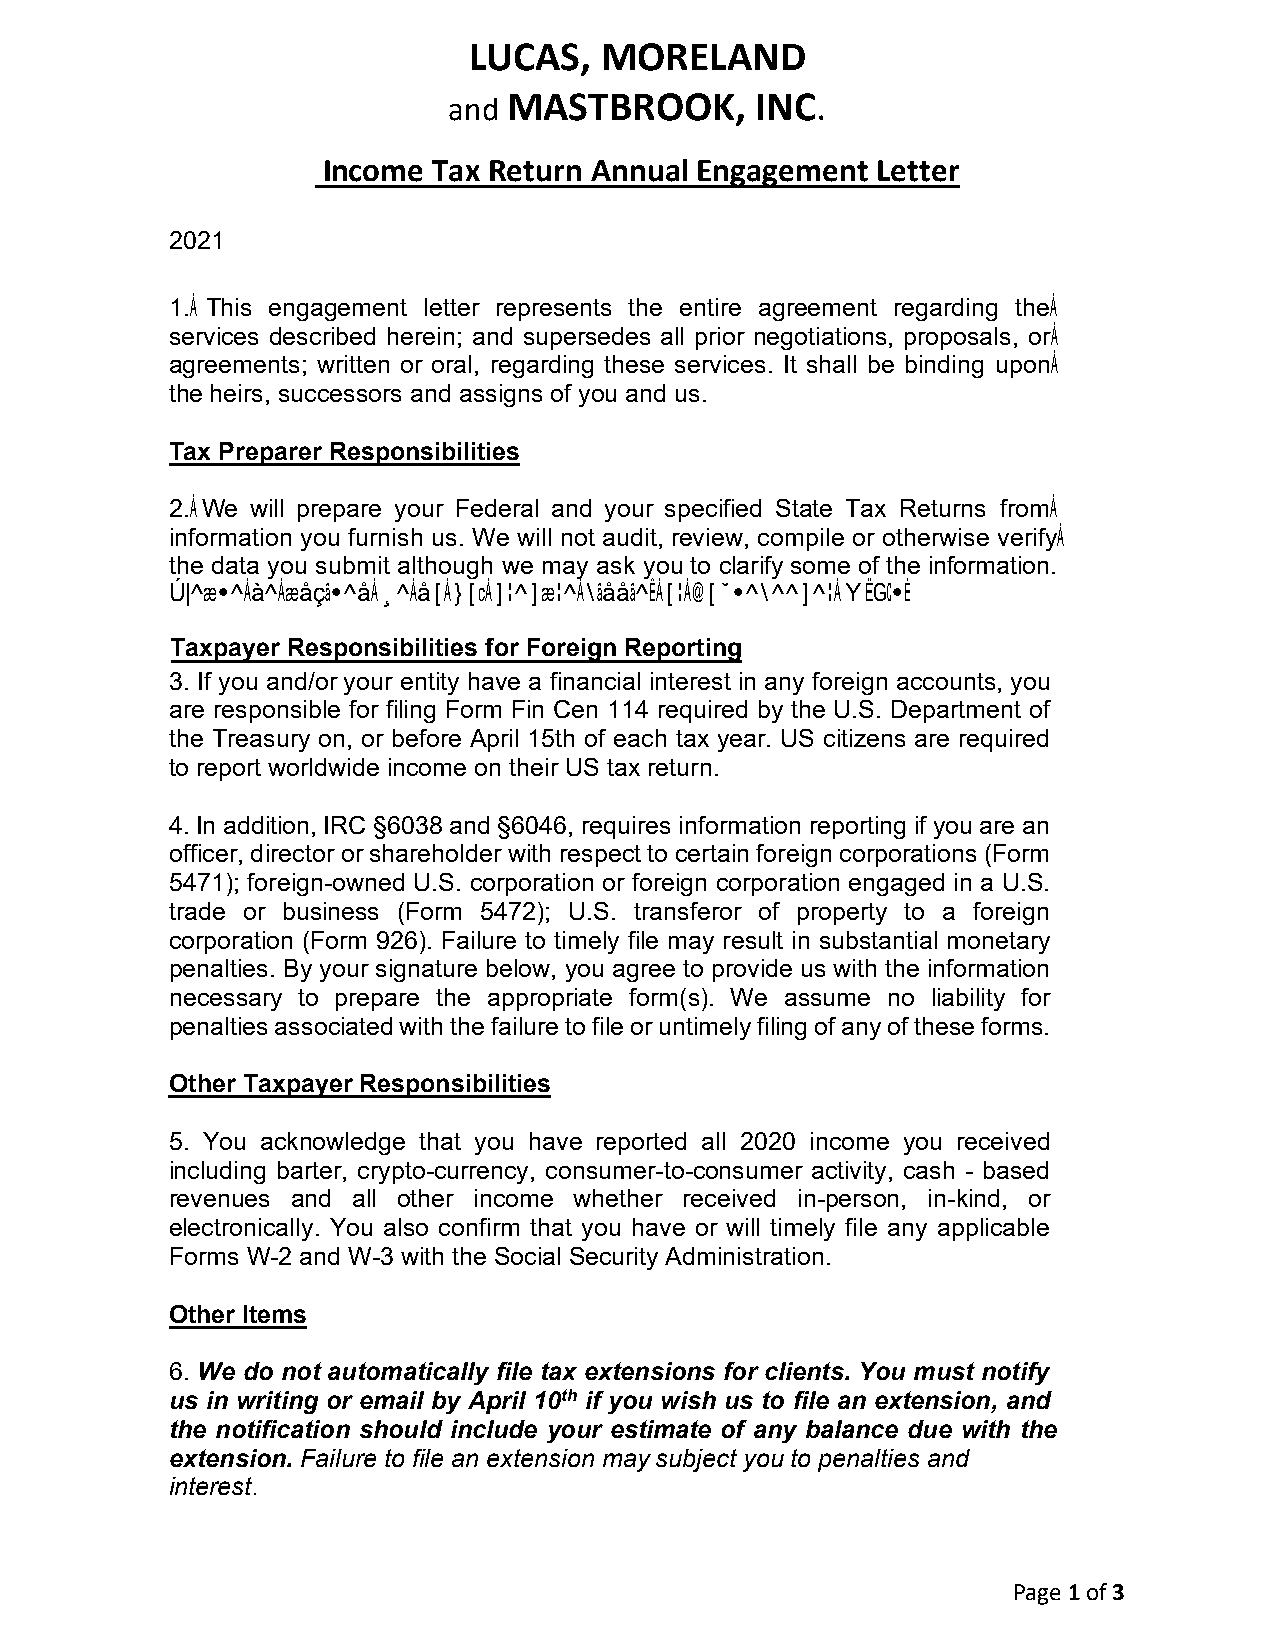
LUCAS,   MORELAND
 and MASTBROOK,      INC.
 Income  Tax Return Annual Engagement Letter
 2021
 1. This engagement letter represents the entire agreement regarding the
 services described herein; and supersedes all prior negotiations, proposals, or
 agreements; written or oral, regarding these services. It shall be binding upon
 the heirs, successors and assigns of you and us.
 Tax Preparer Responsibilities
 2. We will prepare your Federal and your specified State Tax Returns from
 information you furnish us. We will not audit, review, compile or otherwise verify
 the data you submit although we may ask you to clarify some of the information.
 Please be advised we do not prepare kiddie, or housekeeper W-2's.
 Taxpayer Responsibilities for Foreign Reporting
 3. If you and/or your entity have a financial interest in any foreign accounts, you
 are responsible for filing Form Fin Cen 114 required by the U.S. Department of
 the Treasury on, or before April 15th of each tax year. US citizens are required
 to report worldwide income on their US tax return.
 4.In addition, IRC §6038 and §6046, requires information reporting if you are an
 officer, director or shareholder with respect to certain foreign corporations (Form
 5471); foreign-owned U.S. corporation or foreign corporation engaged in a U.S.
 trade or business (Form 5472); U.S. transferor of property to a foreign
 corporation (Form 926). Failure to timely file may result in substantial monetary
 penalties. By your signature below, you agree to provide us with the information
 necessary to prepare the appropriate form(s). We assume no liability for
 penalties associated with the failure to file or untimely filing of any of these forms.
 Other Taxpayer Responsibilities
 5. You acknowledge that you have reported all 2020 income you received
 including barter, crypto-currency, consumer-to-consumer activity, cash - based
 revenues and all other income whether received in-person, in-kind, or
 electronically. You also confirm that you have or will timely file any applicable
 Forms W-2 and W-3 with the Social Security Administration.
 Other Items
 6. We do not automatically file tax extensions for clients. You must notify
 us in writing or email by April 10th if you wish us to file an extension, and
 the notification should include your estimate of any balance due with the
 extension. Failure to file an extension may subject you to penalties and
 interest.
 Page 1 of 3